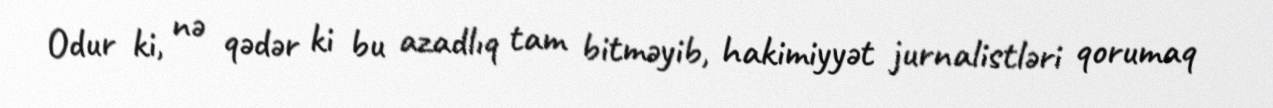
Odur ki, nə qədər ki bu azadlıq tam bitməyib, hakimiyyət jurnalistləri qorumaq